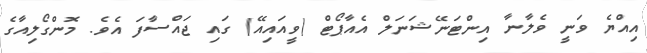
އިއްޔެ ވަނީ ވެލާނާ އިންޓަނޭޝަނަލް އެއާޕޯޓް (ވީއައިއޭ) ގައި ޖައްސާފަ އެވެ. މޮންގޯލިއާގެ